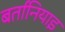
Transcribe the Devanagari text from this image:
बर्तानियाइ